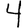
Digit: 4